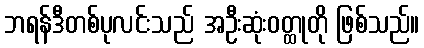
ဘရန်ဒီတစ်ပုလင်းသည် အဦးဆုံးဝတ္ထုတို ဖြစ်သည်။